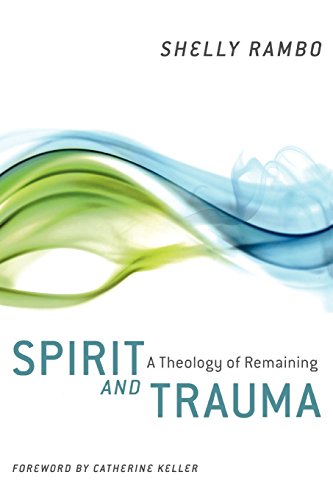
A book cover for Spirit and Trauma: A Theology of Remaining; Shelly Rambo; Christian Books & Bibles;